system: You are a helpful assistant.
user:
Analyze the provided spectrum to determine if it is a **M-type Giant (gM)**.

A M-type Giant spectrum is defined by its **strong molecular absorption** features, particularly from **Titanium Oxide (TiO)**. You must check for one of the following mutually exclusive signatures:

- **Key Visual Indicators (Absorption-Dominated Spectrum):**

    - **(Primary):** The spectrum is dominated by strong molecular absorption from **Titanium Oxide (TiO)**. This is the **defining feature** of its M-type temperature class.
        - **(Key Bandheads):** Look for sharp, "saw-tooth" absorption valleys. The strongest are located near **~7050 Å**, **~6160 Å**, and **~5170 Å**.
        - **(Line Profile):** The "saw-tooth" morphology is critical: a **sharp, steep drop on the BLUE (short-wavelength) side** of the bandhead, followed by a gradual recovery (rising flux) towards the RED (long-wavelength) side.

    - **(Key Confirmation - Giant vs. Dwarf):** **ABSENCE** of strong **Calcium Hydride (CaH)** molecular bands. This is the primary diagnostic for *excluding* M-dwarfs.
        - **(Key Region):** The spectrum should lack the strong, broad absorption band seen in dwarfs between **~6800 Å and ~7000 Å**.

    - **(Secondary Confirmation - Giant):** A very strong and broad **Neutral Calcium (Ca I)** atomic absorption line.
        - **(Key Line):** Located at **~4226 Å**. In a giant (gM), this line is significantly deeper and broader than the same line in an M-dwarf (dM) due to low surface gravity.

    - **(Overall Spectrum):**
        - The continuum is **extremely red-sloping** (i.e., flux is very low in the blue and rises dramatically towards the red).
        - The entire spectrum appears "chopped up" by the deep TiO bands.

Think first, call **spectral_visualization_tool** if needed to examine features in detail, then provide your final answer. Your response must adhere to the following strict rules:
1.  **Overall Structure:** Your response must follow the format `<think>...</think> <tool_call>...</tool_call> (if a tool is used) <answer>...</answer>`.
2.  **Tool Usage Constraint:** You may only make **one** tool call per turn.
3.  **Final Answer Format:** In the `<answer>` tag, your conclusion must be inside a `\boxed{}` command (e.g., `\boxed{YES}` or `\boxed{NO}`), followed by your justification.

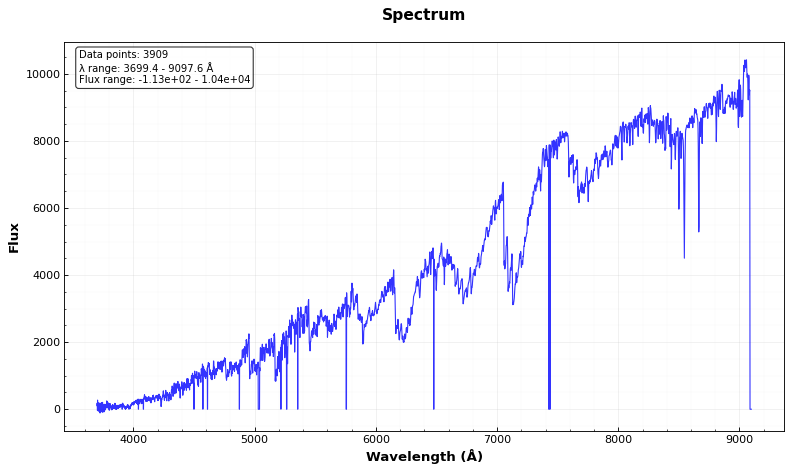
Answer: YES